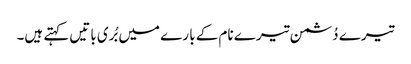
تیرے دُشمن تیرے نام کے با رے میں بُری باتیں کہتے ہیں۔